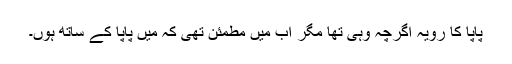
پاپا کا رویہ اگرچہ وہی تھا مگر اب میں مطمئن تھی کہ میں پاپا کے ساتھ ہوں۔